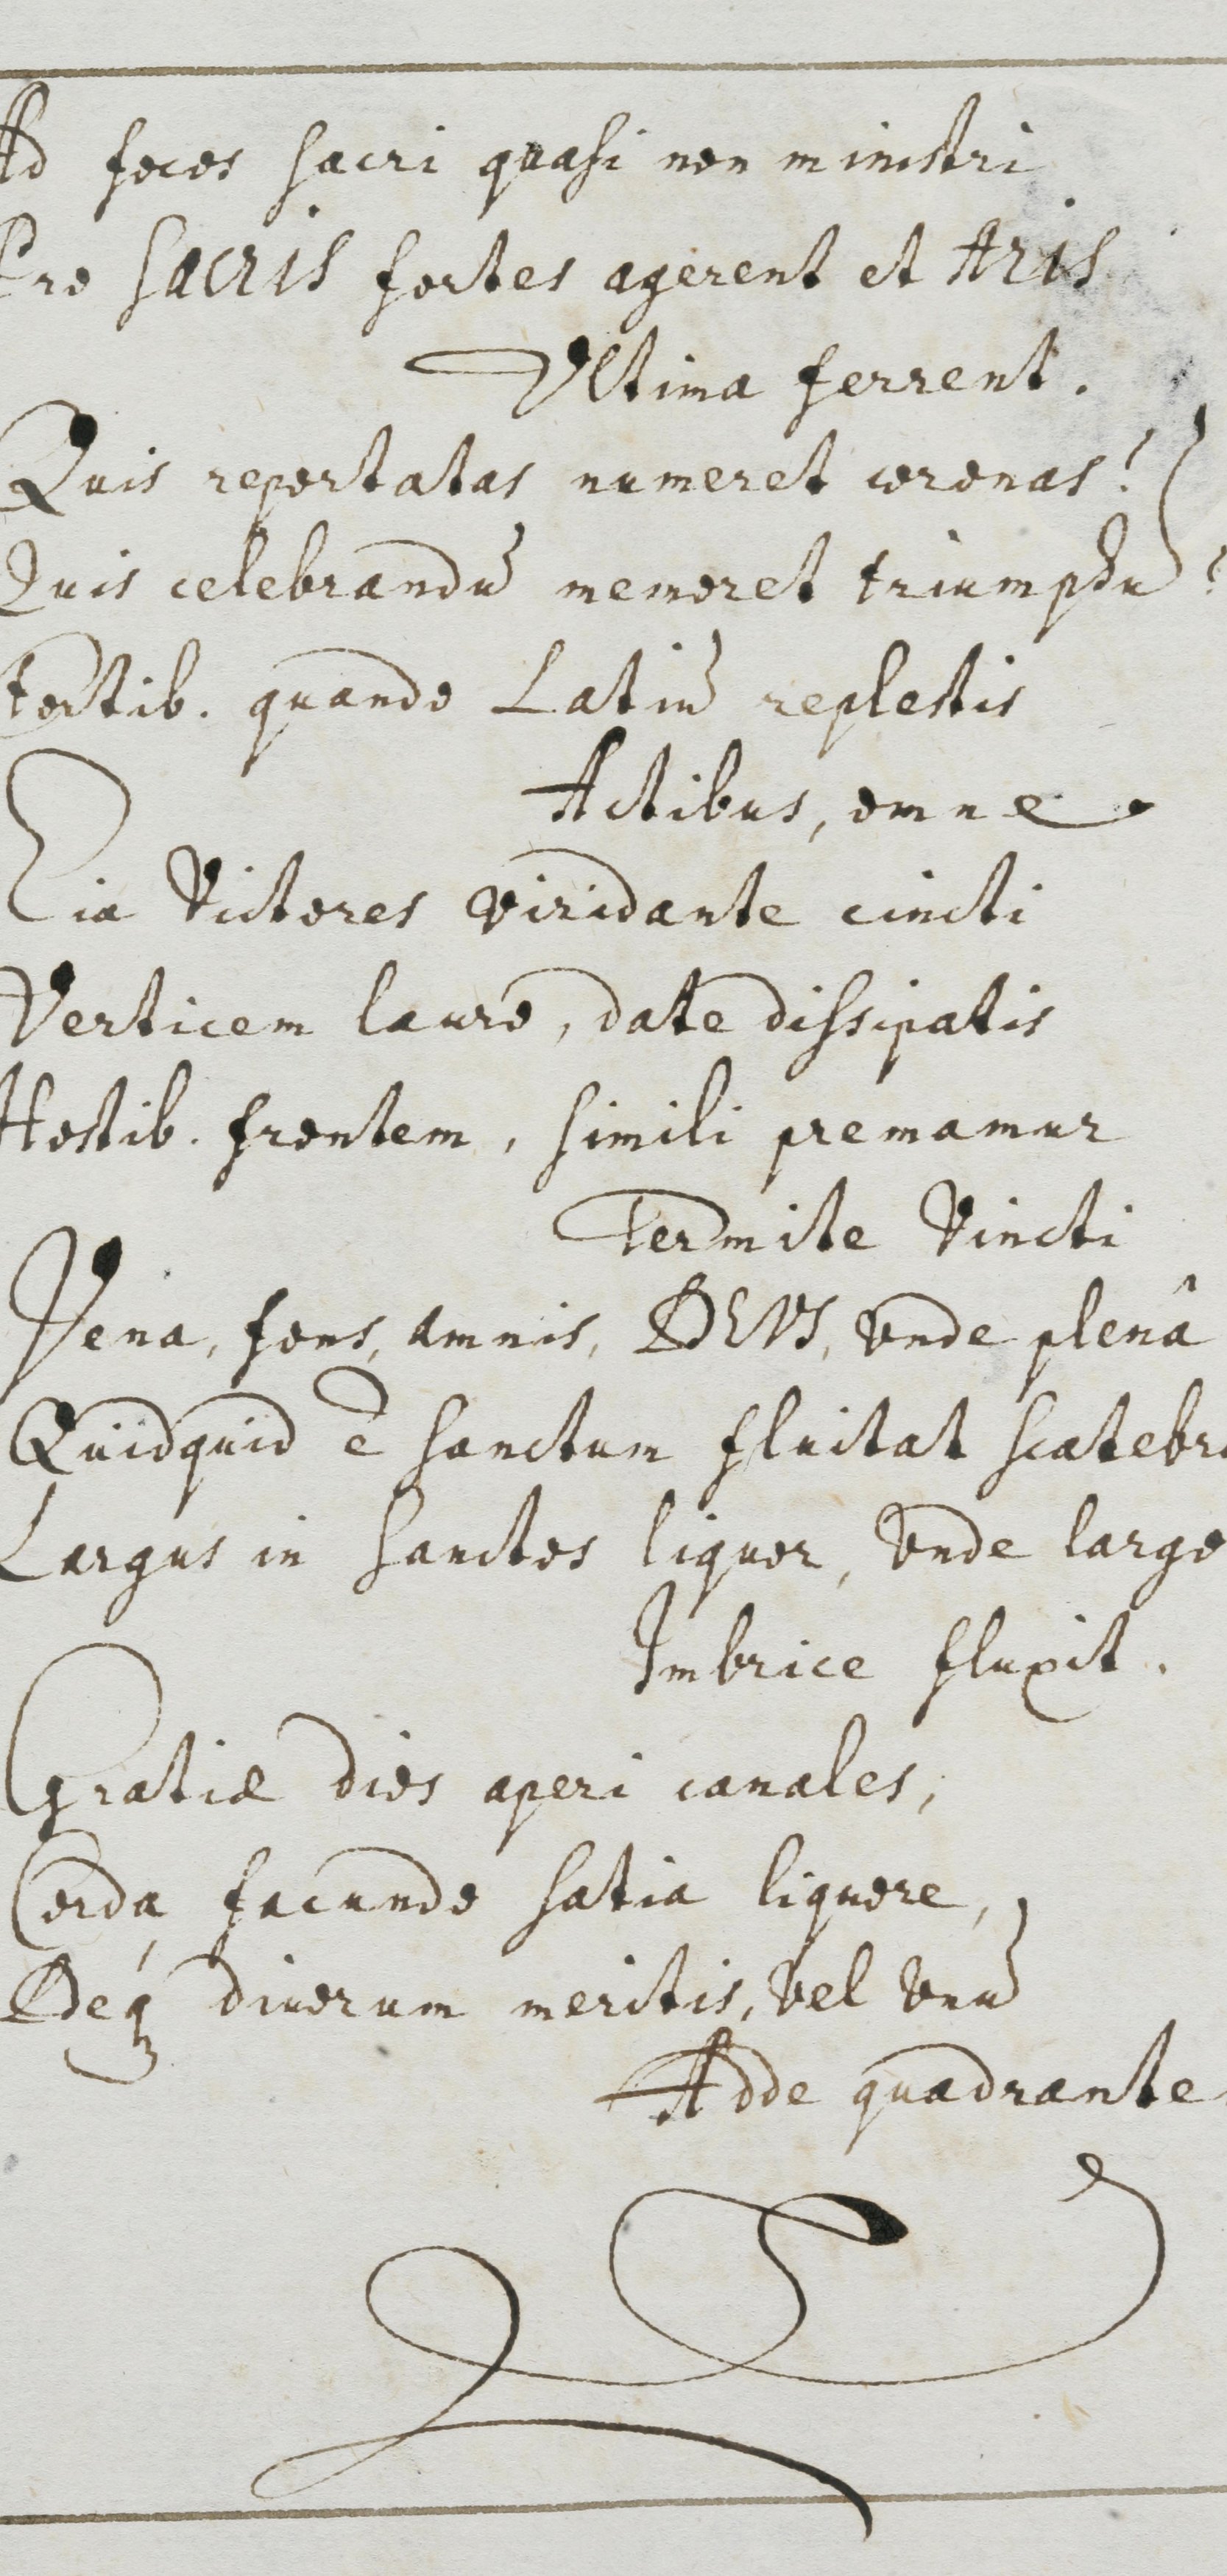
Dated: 1500–1599